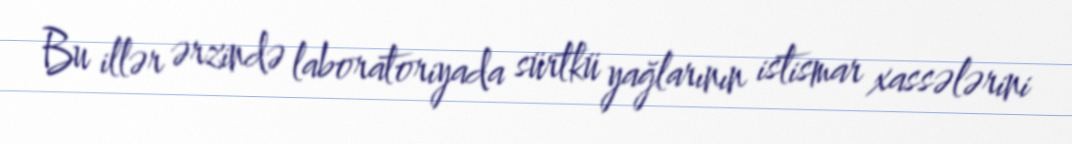
Bu illər ərzində laboratoriyada sürtkü yağlarının istismar xassələrini